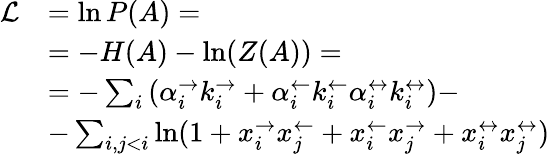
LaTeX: \begin{array}{rl}{\mathcal{L}}&{=\ln P(A)=}\\ &{=-H(A)-\ln(Z(A))=}\\ &{=-\sum_{i}\left(\alpha_{i}^{\rightarrow}k_{i}^{\rightarrow}+\alpha_{i}^{\leftarrow}k_{i}^{\leftarrow}\alpha_{i}^{\leftrightarrow}k_{i}^{\leftrightarrow}\right)-}\\ &{-\sum_{i,j<i}\ln(1+x_{i}^{\rightarrow}x_{j}^{\leftarrow}+x_{i}^{\leftarrow}x_{j}^{\rightarrow}+x_{i}^{\leftrightarrow}x_{j}^{\leftrightarrow})}\end{array}